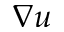
\nabla u